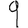
Digit: 9